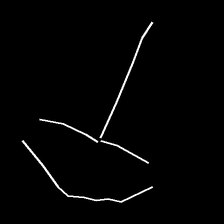
Glyph: dispersion